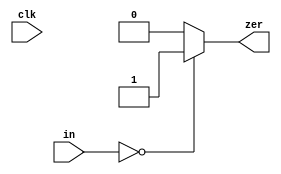
`timescale 1ns / 1ps
//////////////////////////////////////////////////////////////////////////////////
// Company: 
// Engineer: 
// 
// Design Name: 
// Module Name:    comp 
// Project Name: 
// Target Devices: 
// Tool versions: 
// Description: 
//
// Dependencies: 
//
// Revision: 
// Revision 0.01 - File Created
// Additional Comments: 
//
//////////////////////////////////////////////////////////////////////////////////
module comp( input clk,
            input [15:0]in,output reg zer
    );
always @(clk)
begin
if(in == 16'h0000)
zer <= 1;
else
zer <= 0;
end
endmodule